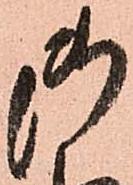
御